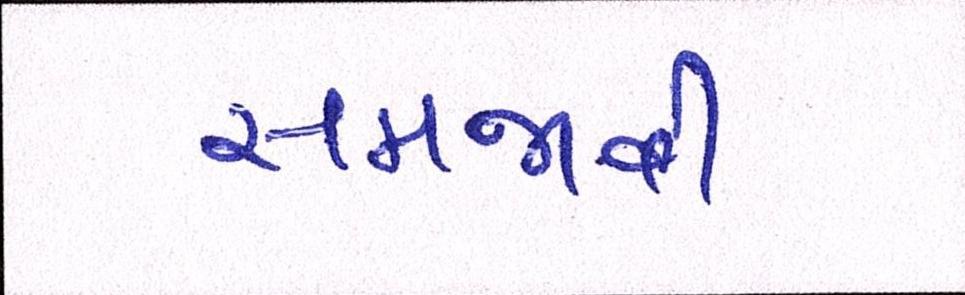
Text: સમજાવી